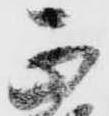
正